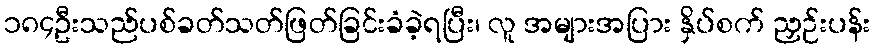
၁၈၄ဦးသည်ပစ်ခတ်သတ်ဖြတ်ခြင်းခံခဲ့ရပြီး၊ လူ အများအပြား နှိပ်စက် ညှဉ်းပန်း